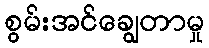
စွမ်းအင်ချွေတာမှု